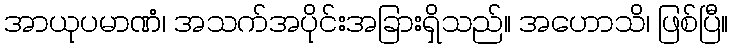
အာယုပမာဏံ၊ အသက်အပိုင်းအခြားရှိသည်။ အဟောသိ၊ ဖြစ်ပြီ။